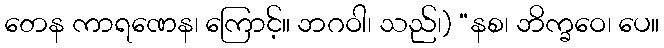
တေန ကာရဏေန၊ ကြောင့်။ ဘဂဝါ၊ သည်၊) “နစ၊ ဘိက္ခဝေ၊ ပေ။